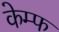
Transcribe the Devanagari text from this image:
केम्फ